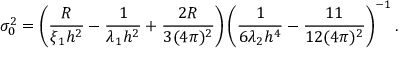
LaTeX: \sigma _ { 0 } ^ { 2 } = \left( \frac { R } { \xi _ { 1 } h ^ { 2 } } - \frac { 1 } { \lambda _ { 1 } h ^ { 2 } } + \frac { 2 R } { 3 ( 4 \pi ) ^ { 2 } } \right) \left( \frac { 1 } { 6 \lambda _ { 2 } h ^ { 4 } } - \frac { 1 1 } { 1 2 ( 4 \pi ) ^ { 2 } } \right) ^ { - 1 } .